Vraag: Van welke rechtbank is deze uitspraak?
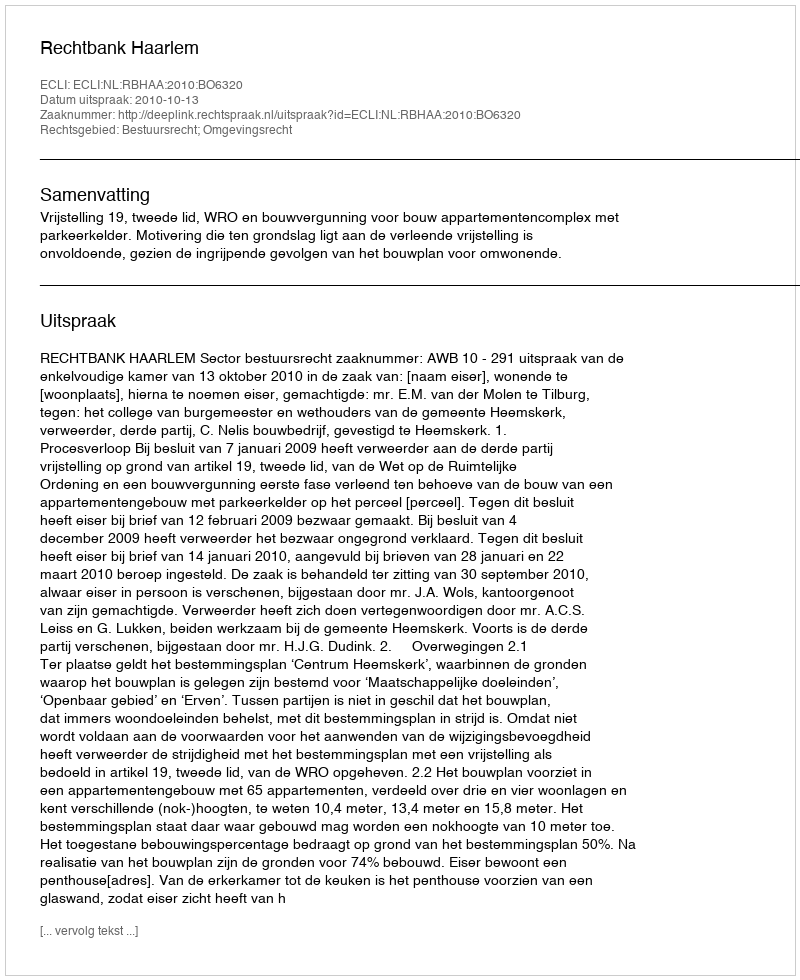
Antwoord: Rechtbank Haarlem